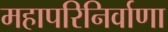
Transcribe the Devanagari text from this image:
महापरिनिर्वाणा